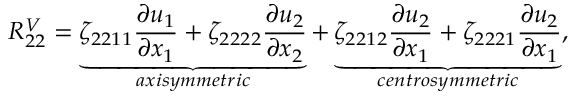
R _ { 2 2 } ^ { V } = \underbrace { \zeta _ { 2 2 1 1 } \frac { \partial u _ { 1 } } { \partial x _ { 1 } } + \zeta _ { 2 2 2 2 } \frac { \partial u _ { 2 } } { \partial x _ { 2 } } } _ { a x i s y m m e t r i c } + \underbrace { \zeta _ { 2 2 1 2 } \frac { \partial u _ { 2 } } { \partial x _ { 1 } } + \zeta _ { 2 2 2 1 } \frac { \partial u _ { 2 } } { \partial x _ { 1 } } } _ { c e n t r o s y m m e t r i c } ,